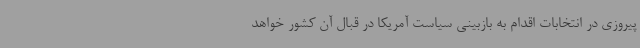
پیروزی در انتخابات اقدام به بازبینی سیاست آمریکا در قبال آن کشور خواهد